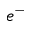
e ^ { - }